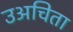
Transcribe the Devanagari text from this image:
उअचिता